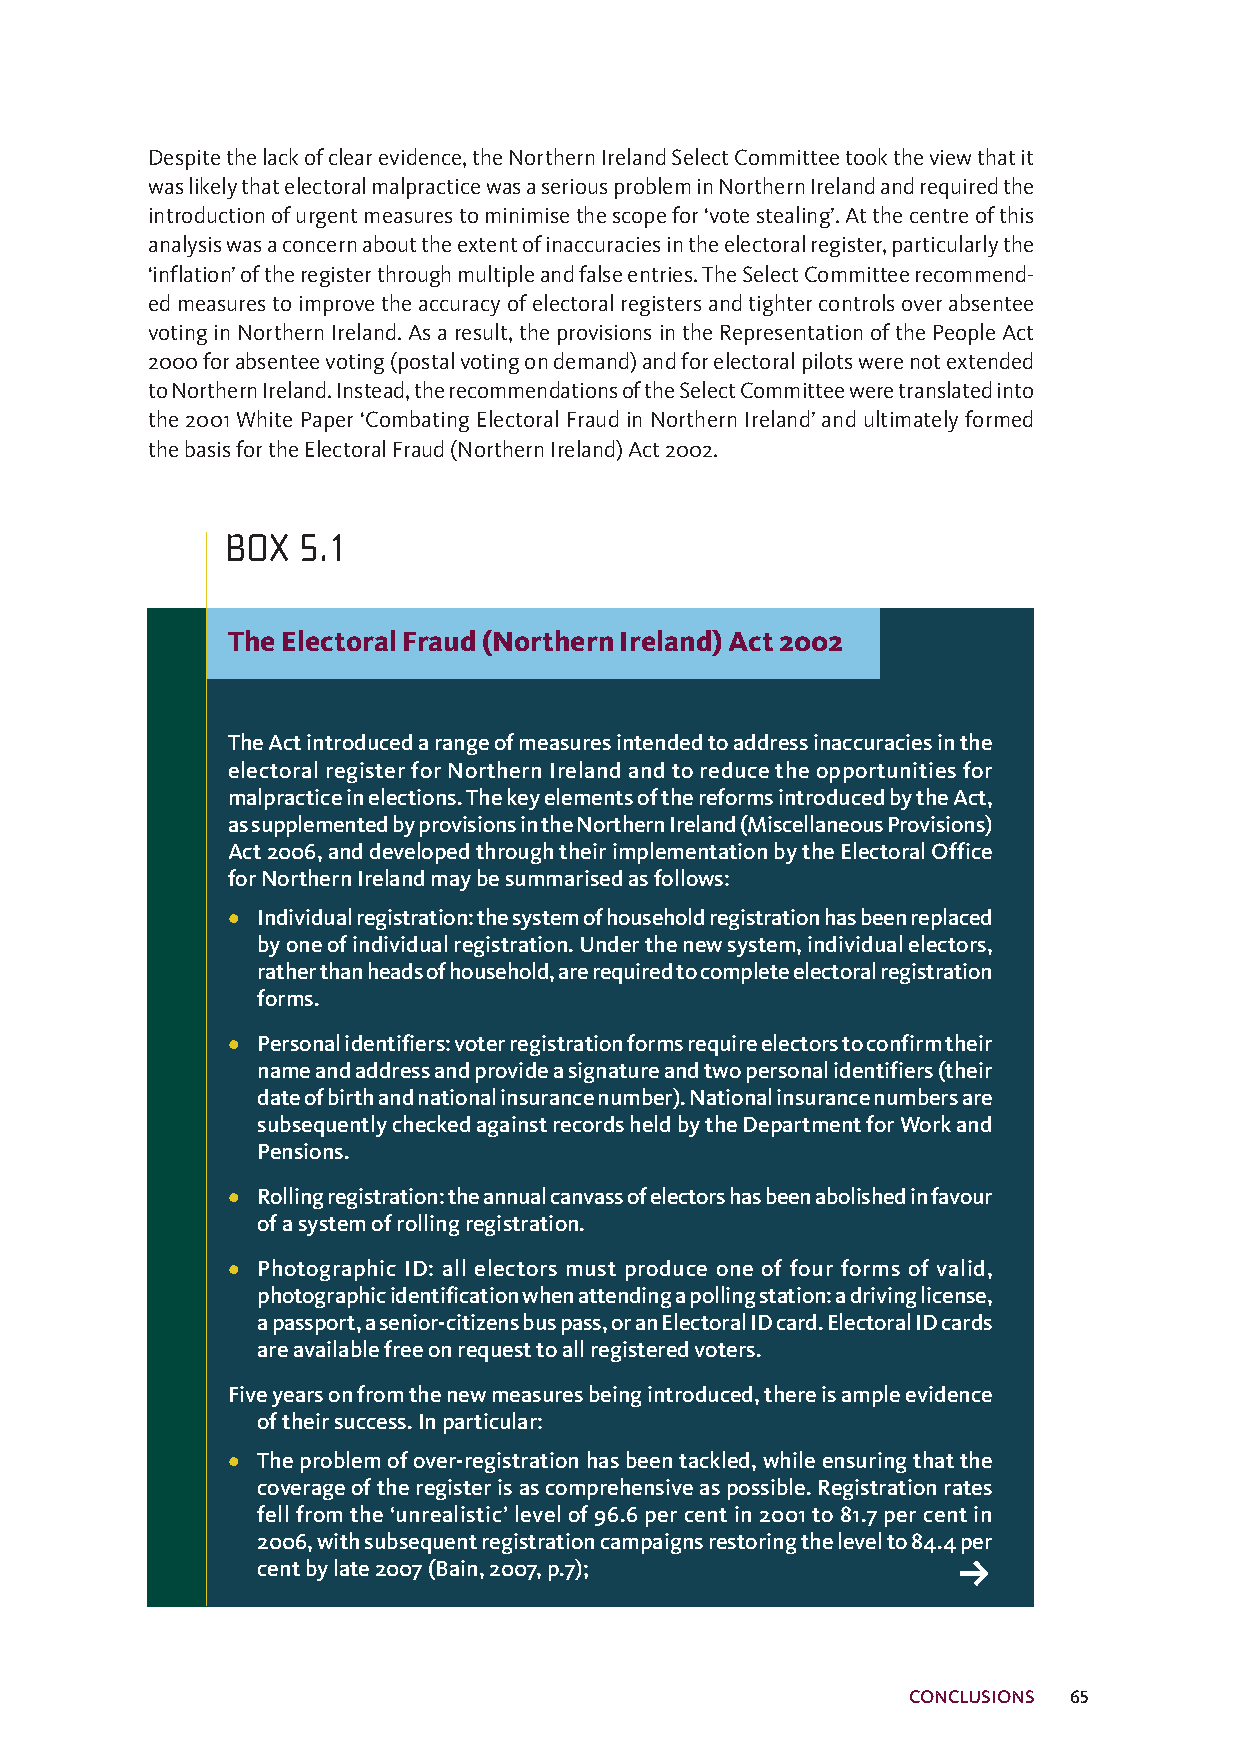
Despitethelackofclearevidence,theNorthernIrelandSelectCommitteetooktheviewthatit
 waslikelythatelectoralmalpracticewasaseriousprobleminNorthernIrelandandrequiredthe
 introductionofurgentmeasurestominimisethescopefor‘votestealing’.Atthecentreofthis
 analysiswasaconcernabouttheextentofinaccuraciesintheelectoralregister,particularlythe
 ‘inflation’oftheregisterthroughmultipleandfalseentries.TheSelectCommitteerecommend-
 edmeasurestoimprovetheaccuracyofelectoralregistersandtightercontrolsoverabsentee
 votinginNorthernIreland.Asaresult,theprovisionsintheRepresentationofthePeopleAct
 2000forabsenteevoting(postalvotingondemand)andforelectoralpilotswerenotextended
 toNorthernIreland.Instead,therecommendationsoftheSelectCommitteeweretranslatedinto
 the2001WhitePaper‘CombatingElectoralFraudinNorthernIreland’andultimatelyformed
 thebasisfortheElectoralFraud(NorthernIreland)Act2002.
 BOX  5.1
 TheElectoralFraud(NorthernIreland)Act2002
 TheActintroducedarangeofmeasuresintendedtoaddressinaccuraciesinthe
 electoral register for Northern Ireland and to reduce the opportunities for
 malpracticeinelections.ThekeyelementsofthereformsintroducedbytheAct,
 assupplementedbyprovisionsintheNorthernIreland(MiscellaneousProvisions)
 Act2006,anddevelopedthroughtheirimplementationbytheElectoralOffice
 forNorthernIrelandmaybesummarisedasfollows:
 • Individualregistration:thesystemofhouseholdregistrationhasbeenreplaced
 byoneofindividualregistration.Underthenewsystem,individualelectors,
 ratherthanheadsofhousehold,arerequiredtocompleteelectoralregistration
 forms.
 • Personalidentifiers:voterregistrationformsrequireelectorstoconfirmtheir
 nameandaddressandprovideasignatureandtwopersonalidentifiers(their
 dateofbirthandnationalinsurancenumber).Nationalinsurancenumbersare
 subsequentlycheckedagainstrecordsheldbytheDepartmentforWorkand
 Pensions.
 • Rollingregistration:theannualcanvassofelectorshasbeenabolishedinfavour
 ofasystemofrollingregistration.
 • Photographic ID: all electors must produce one of four forms of valid,
 photographicidentificationwhenattendingapollingstation:adrivinglicense,
 apassport,asenior-citizensbuspass,oranElectoralIDcard.ElectoralIDcards
 areavailablefreeonrequesttoallregisteredvoters.
 Fiveyearsonfromthenewmeasuresbeingintroduced,thereisampleevidence
 oftheirsuccess.Inparticular:
 • Theproblemofover-registrationhasbeentackled,whileensuringthatthe
 coverageoftheregisterisascomprehensiveaspossible.Registrationrates
 fellfromthe‘unrealistic’levelof96.6percentin2001to81.7percentin
 2006,withsubsequentregistrationcampaignsrestoringthelevelto84.4per
 k
 centbylate2007(Bain,2007,p.7);
 CONCLUSIONS 65